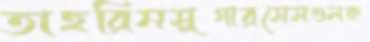
তাহরিমসুগারসেসগুলক